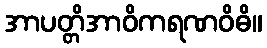
အာပတ္တိအာဝိကရဏဝိဓိ။